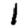
Digit: 1